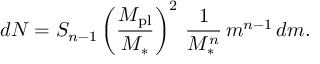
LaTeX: d N = S _ { n - 1 } \left( \frac { M _ { \mathrm { p l } } } { M _ { * } } \right) ^ { 2 } \, \frac { 1 } { M _ { * } ^ { n } } \, m ^ { n - 1 } \, d m .